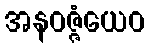
အနဝဇ္ဇံယေဝ